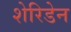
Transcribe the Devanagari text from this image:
शेरिडेन